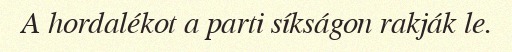
A hordalékot a parti síkságon rakják le.